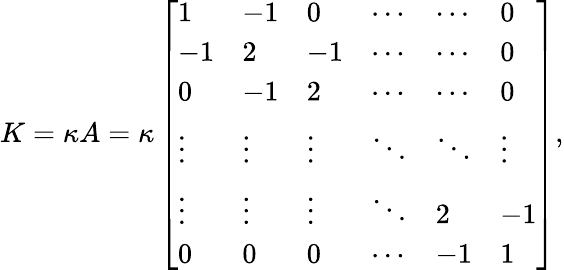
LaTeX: K=\kappa A=\kappa\left[\begin{array}{llllll}{1}&{-1}&{0}&{\cdots}&{\cdots}&{0}\\ {-1}&{2}&{-1}&{\cdots}&{\cdots}&{0}\\ {0}&{-1}&{2}&{\cdots}&{\cdots}&{0}\\ {\vdots}&{\vdots}&{\vdots}&{\ddots}&{\ddots}&{\vdots}\\ {\vdots}&{\vdots}&{\vdots}&{\ddots}&{2}&{-1}\\ {0}&{0}&{0}&{\cdots}&{-1}&{1}\end{array}\right],